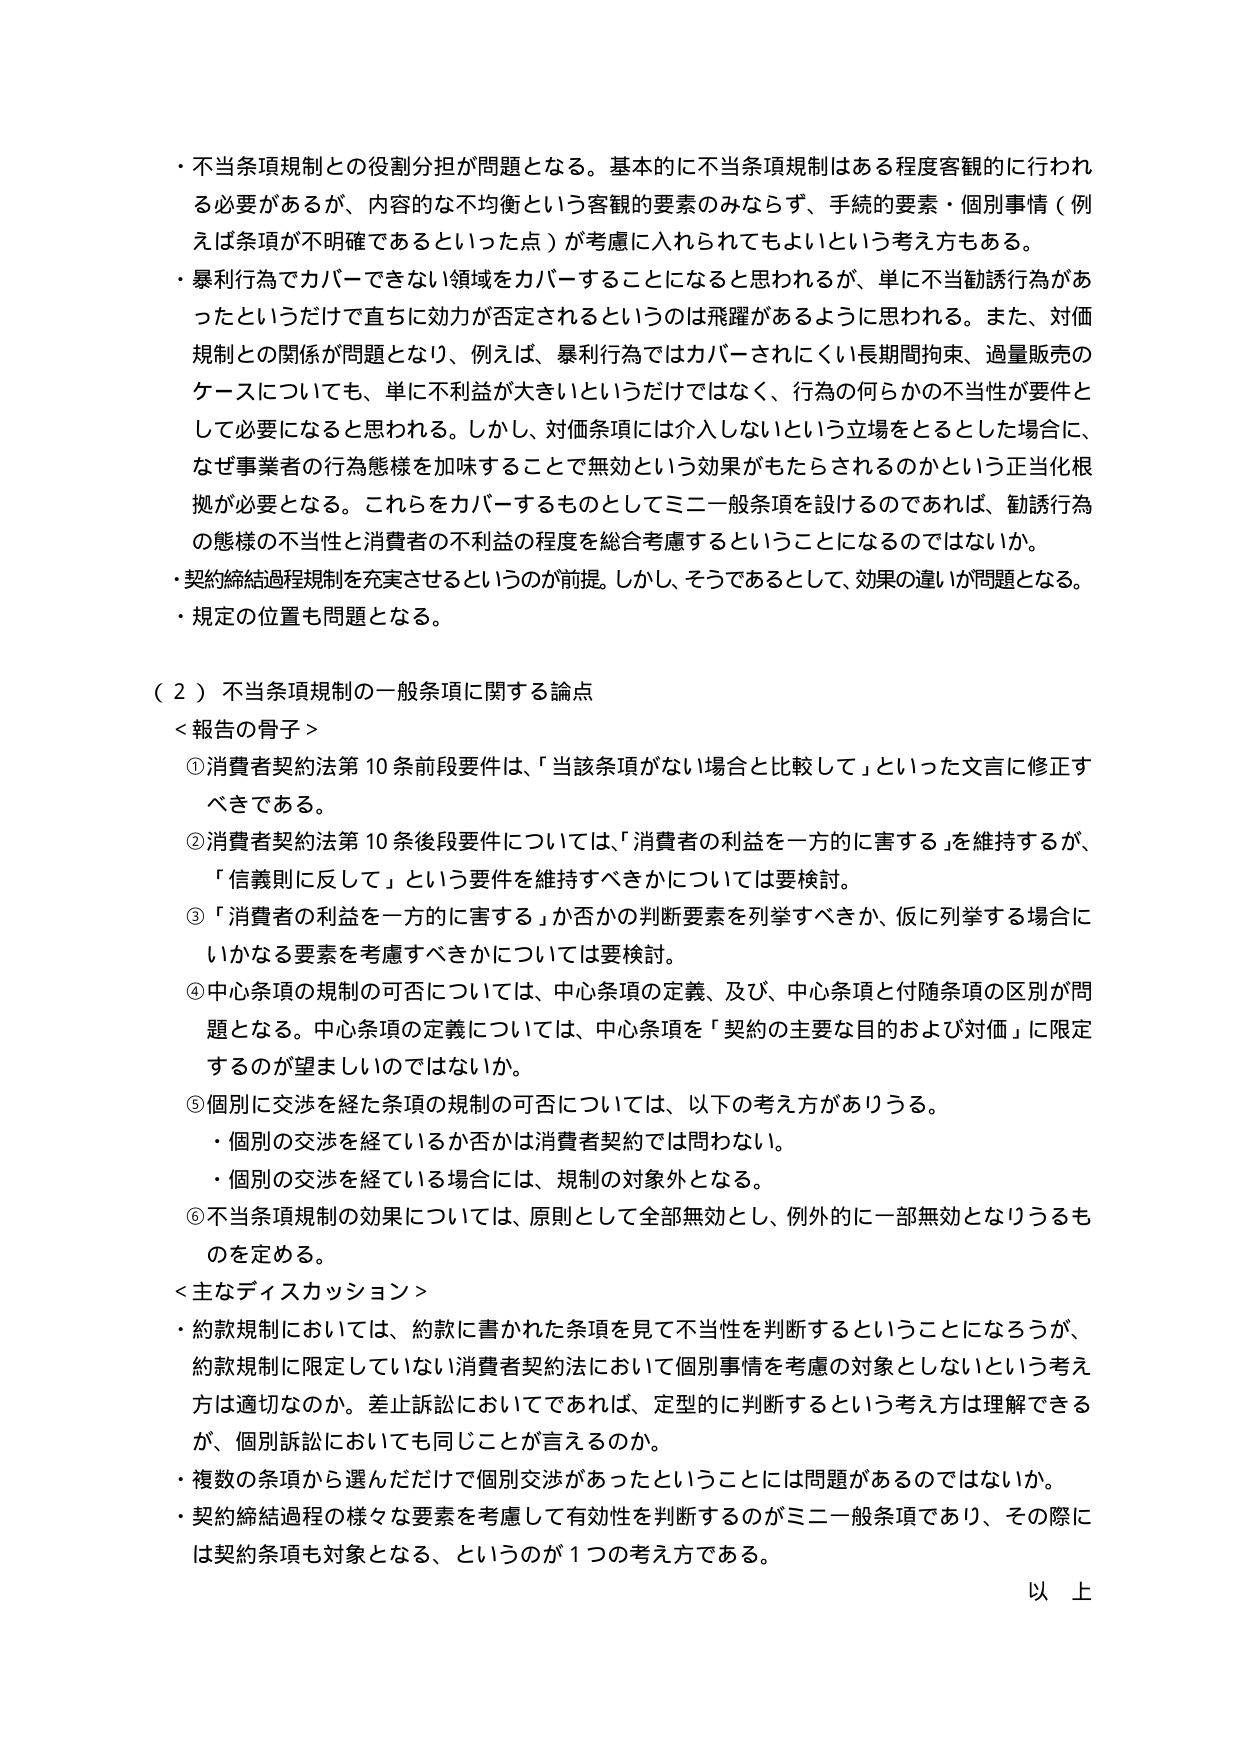
・不当条項規制との役割分担が問題となる。基本的に不当条項規制はある程度客観的に行われる必要があるが、内容的な不均衡という客観的要素のみならず、手続的要素・個別事情（例えば条項が不明確であるといった点）が考慮に入れられててもよいという考え方もある。

・暴利行為でカバーできない領域をカバーすることになると思われるが、単に不当勧誘行為があったというだけで直ちに効力が否定されるというのは飛躍があるように思われる。また、対価規制との関係が問題となり、例えば、暴利行為ではカバーされにくい長期間拘束、過量販売のケースについても、単に不利益が大きいというだけではなく、行為の何らかの不当性が要件として必要になると思われる。しかし、対価条項には介入しないという立場をとるとした場合に、なぜ事業者の行為態様を加味することで無効という効果がもたらされるのかという正当化根拠が必要となる。これらをカバーするものとしてミニ一般条項を設けるのであれば、勧誘行為の態様の不当性と消費者の不利益の程度を総合考慮するということになるのではないか。

・契約締結過程規制を充実させるというのが前提。しかし、そうであるとして、効果の違いが問題となる。

・規定の位置も問題となる。

（２）不当条項規制の一般条項に関する論点

＜報告の骨子＞

①消費者契約法第10条前段要件は、「当該条項がない場合と比較して」といった文言に修正すべきである。

②消費者契約法第10条後段要件については、「消費者の利益を一方的に害する」を維持するか、「信義則に反して」という要件を維持すべきかについては要検討。

③「消費者の利益を一方的に害する」か否かの判断要素を列挙すべきか、仮に列挙する場合にいかなる要素を考慮すべきかについては要検討。

④中心条項の規制の可否については、中心条項の定義、及び、中心条項と付随条項の区別が問題となる。中心条項の定義については、中心条項を「契約の主要な目的および対価」に限定するのが望ましいのではないか。

⑤個別に交渉を経た条項の規制の可否については、以下の考え方がありうる。

・個別の交渉を経ているか否かは消費者契約では問わない。

・個別の交渉を経ている場合には、規制の対象外となる。

⑥不当条項規制の効果については、原則として全部無効とし、例外的に一部無効となりうるものを定める。

＜主なディスカッション＞

・約款規制においては、約款に書かれた条項を見て不当性を判断することになるろうが、約款規制に限定していない消費者契約法において個別事情を考慮の対象としないという考え方は適切なのか。差止訴訟においてであれば、定型的に判断するという考え方は理解できるが、個別訴訟においても同じことが言えるのか。

・複数の条項から選んだだけで個別交渉があったということには問題があるのではないか。

・契約締結過程の様々な要素を考慮して有効性を判断するのがミニ一般条項であり、その際には契約条項も対象となる、というのが１つの考え方である。

以上